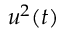
u ^ { 2 } ( t )